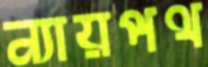
ন্যায়পথ